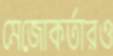
মেজোকর্তারও